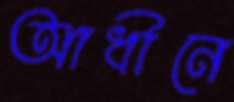
আধীনে